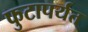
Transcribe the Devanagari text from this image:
फुटापर्यत